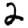
Digit: 2